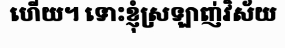
ហើយ។ ទោះខ្ញុំស្រឡាញ់វិស័យ